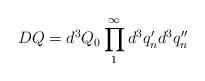
LaTeX: \begin{align*}DQ = d^3 Q_0 \prod_{1}^{\infty} d^3 q'_n d^3 q''_n\end{align*}